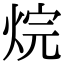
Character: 烷